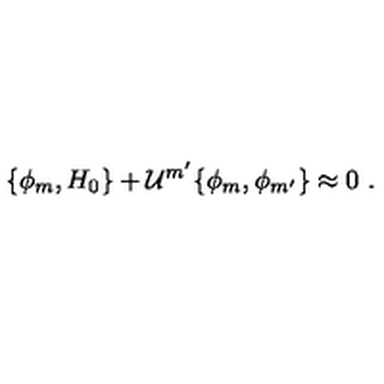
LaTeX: \{ \phi _ { m } , H _ { 0 } \} + { \cal U } ^ { m ^ { \prime } } \{ \phi _ { m } , \phi _ { m ^ { \prime } } \} \approx 0 \ .